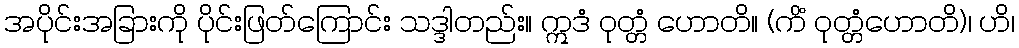
အပိုင်းအခြားကို ပိုင်းဖြတ်ကြောင်း သဒ္ဒါတည်း။ ဣဒံ ဝုတ္တံ ဟောတိ။ (ကိံ ဝုတ္တံဟောတိ)၊ ဟိ၊